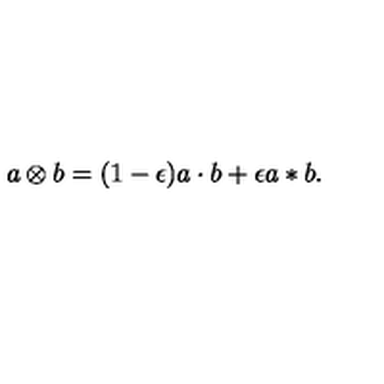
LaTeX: a \otimes b = ( 1 - \epsilon ) a \cdot b + \epsilon a * b .